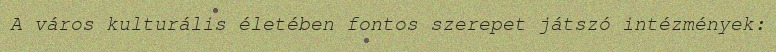
A város kulturális életében fontos szerepet játszó intézmények: